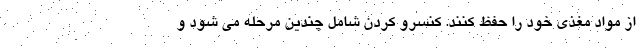
از مواد مغذی خود را حفظ کنند. کنسرو کردن شامل چندین مرحله می شود و